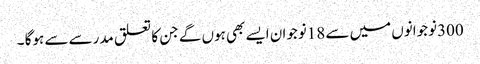
300نوجوانوں میں سے 18نوجوان ایسے بھی ہوں گے جن کا تعلق مدرسے سے ہوگا ۔